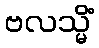
ဗလသ္မိံ